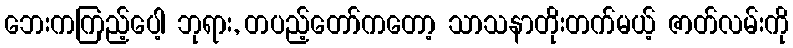
ဘေးကကြည့်ပေါ့ ဘုရား, တပည့်တော်ကတော့ သာသနာတိုးတက်မယ့် ဇာတ်လမ်းကို